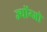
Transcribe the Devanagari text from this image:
ज्योंग्जो